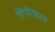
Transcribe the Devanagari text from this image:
शिंपीकाम